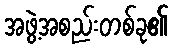
အဖွဲ့အစည်းတစ်ခု၏